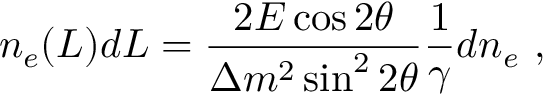
n _ { e } ( L ) d L = { \frac { 2 E \cos 2 \theta } { \Delta m ^ { 2 } \sin ^ { 2 } 2 \theta } } { \frac { 1 } { \gamma } } d n _ { e } ~ ,